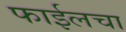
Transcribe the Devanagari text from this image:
फाईलचा